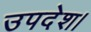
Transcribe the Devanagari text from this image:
उपदेश।